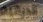
الدرقية